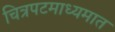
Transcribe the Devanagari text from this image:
चित्रपटमाध्यमात